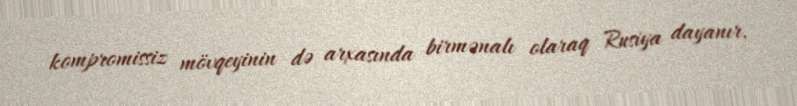
kompromissiz mövqeyinin də arxasında birmənalı olaraq Rusiya dayanır.